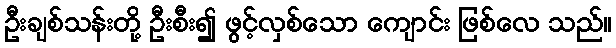
ဦးချစ်သန်းတို့ ဦးစီး၍ ဖွင့်လှစ်သော ကျောင်း ဖြစ်လေ သည်။